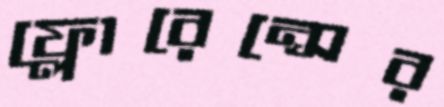
ফ্লোরেন্সের